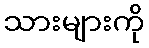
သားများကို